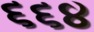
૬૬૪